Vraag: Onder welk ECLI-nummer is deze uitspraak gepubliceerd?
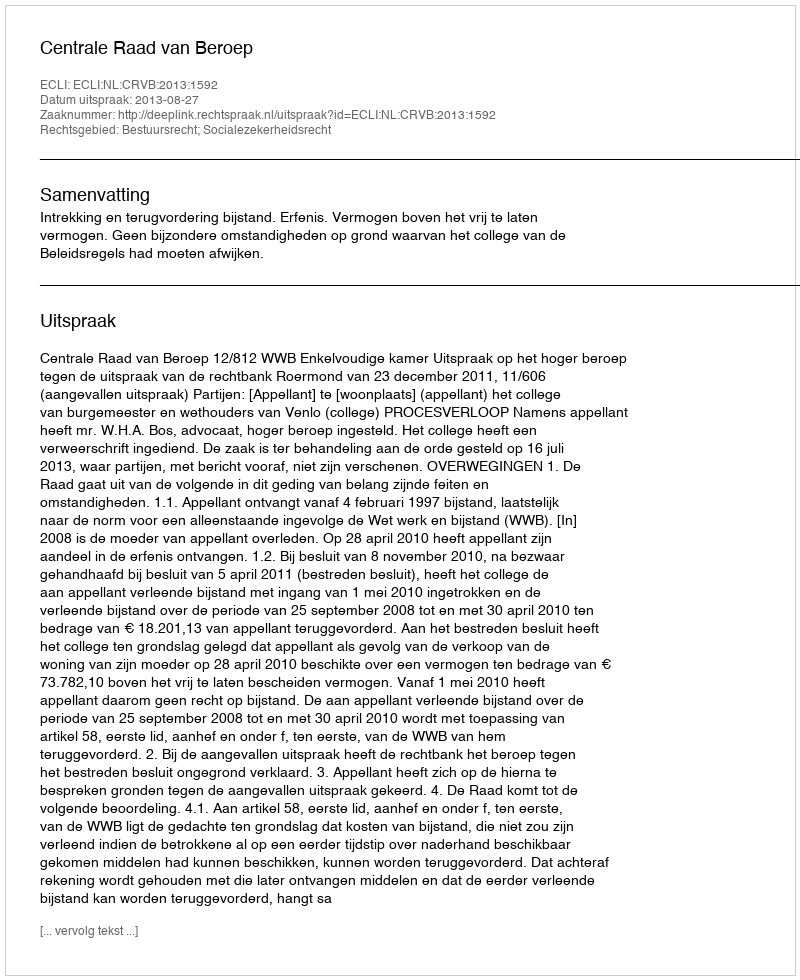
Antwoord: ECLI:NL:CRVB:2013:1592